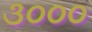
૩૦૦૦